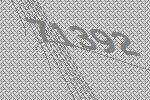
71392